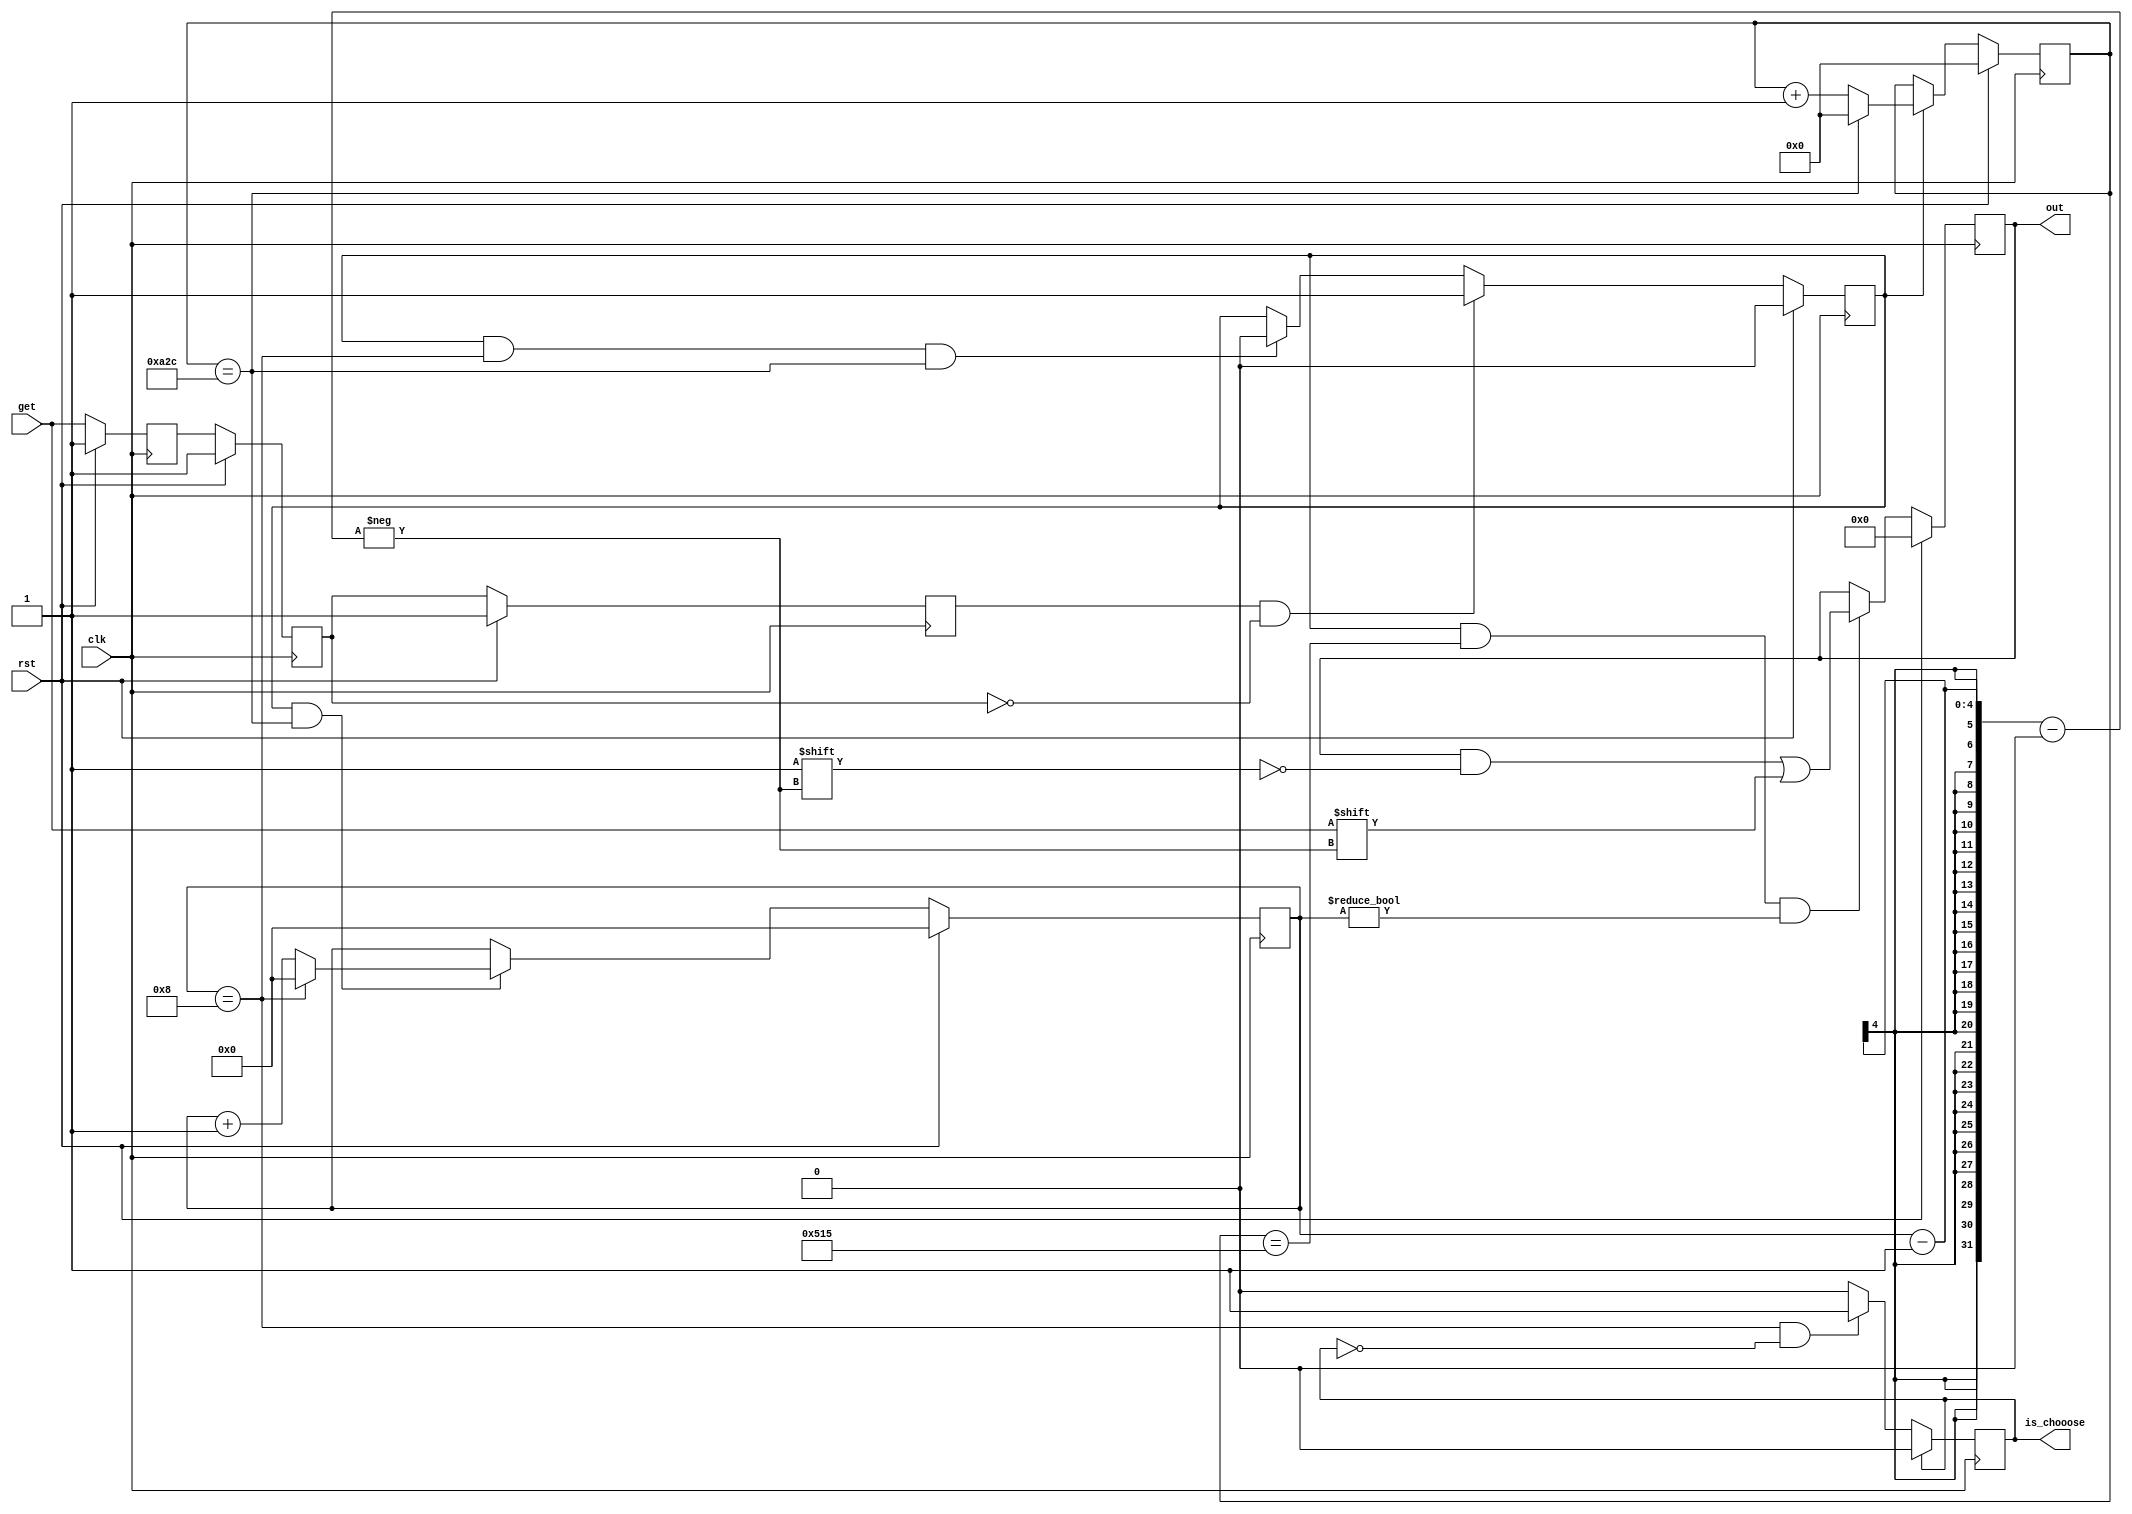
module bluetooth(
    input clk,
    input rst,
    input get,//
    output reg [7:0] out=49,//ASCII
    output reg is_chooose=0
);
parameter bps=2605;//960025M/9600
reg [14:0] count_1;//
reg [3:0] count_2;//
reg buffer_0,buffer_1,buffer_2;//
wire buffer_en;//
reg add_en;//

always @ (posedge clk)
begin
    if(rst)
    begin
        buffer_0<=1;
        buffer_1<=1;
        buffer_2<=1;
    end
    else
    begin
        buffer_0<=get;
        buffer_1<=buffer_0;
        buffer_2<=buffer_1;
    end
end

assign buffer_en=buffer_2&~buffer_1;//1

always @ (posedge clk)
begin
    if(rst)
    begin
        add_en<=0;
    end
    else if(buffer_en)
    begin
        add_en<=1;//
    end
    else if(add_en&&count_2==8&&count_1==bps-1)//8
    begin
        add_en<=0;
    end
end

always @ (posedge clk)
begin
    if(rst)
    begin
        count_1<=0;
    end
    else if(add_en)
    begin
        if(count_1==bps-1)//
        begin
            count_1<=0;
        end
        else
        begin
            count_1<=count_1+1;
        end
    end
end

always @ (posedge clk)
begin
    if(rst)
    begin
        count_2<=0;
    end
    else if(add_en&&count_1==bps-1)//
    begin
        if(count_2==8)//8
        begin
            count_2<=0;
        end
        else
        begin
            count_2<=count_2+1;
        end
    end
end

always @ (posedge clk)
begin
    if(rst)
    begin
        out<=0;
    end
    else if(add_en&&count_1==bps/2-1&&count_2!=0)//
    begin
        out[count_2-1]<=get;
    end
end

always @(posedge clk) 
begin
    if(count_2==8&&is_chooose==0)//8
    begin
        is_chooose<=1;
    end
    else if(is_chooose==0)
    begin
        is_chooose<=0;
    end

    if(is_chooose==1)
    begin
        is_chooose<=0;
    end
end

endmodule